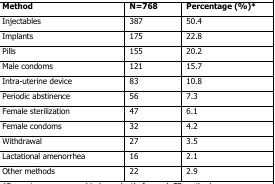
<table><thead><tr><td><b>Method</b></td><td><b>N = 768</b></td><td><b>Percentage (%)*</b></td></tr></thead><tbody><tr><td>Injectables</td><td>387</td><td>50.4</td></tr><tr><td>Implants</td><td>175</td><td>22.8</td></tr><tr><td>Pills</td><td>155</td><td>20.2</td></tr><tr><td>Male condoms</td><td>121</td><td>15.7</td></tr><tr><td>Intra-uterine device</td><td>83</td><td>10.8</td></tr><tr><td>Periodic abstinence</td><td>56</td><td>7.3</td></tr><tr><td>Female sterilization</td><td>47</td><td>6.1</td></tr><tr><td>Female condoms</td><td>32</td><td>4.2</td></tr><tr><td>Withdrawal</td><td>27</td><td>3.5</td></tr><tr><td>Lactational amenorrhea</td><td>16</td><td>2.1</td></tr><tr><td>Other methods</td><td>22</td><td>2.9</td></tr></tbody></table>